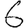
Digit: 6